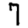
Digit: 7